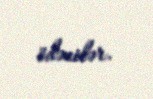
ödənilər.